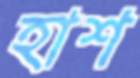
হাশ